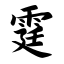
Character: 霆